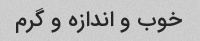
خوب و اندازه و گرم